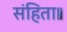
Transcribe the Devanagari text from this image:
संहिता॥